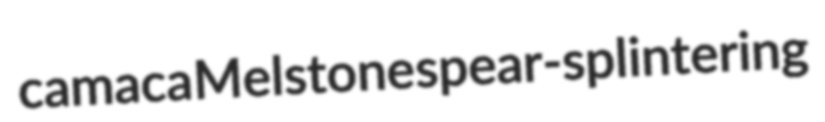
camaca Melstone spear-splintering